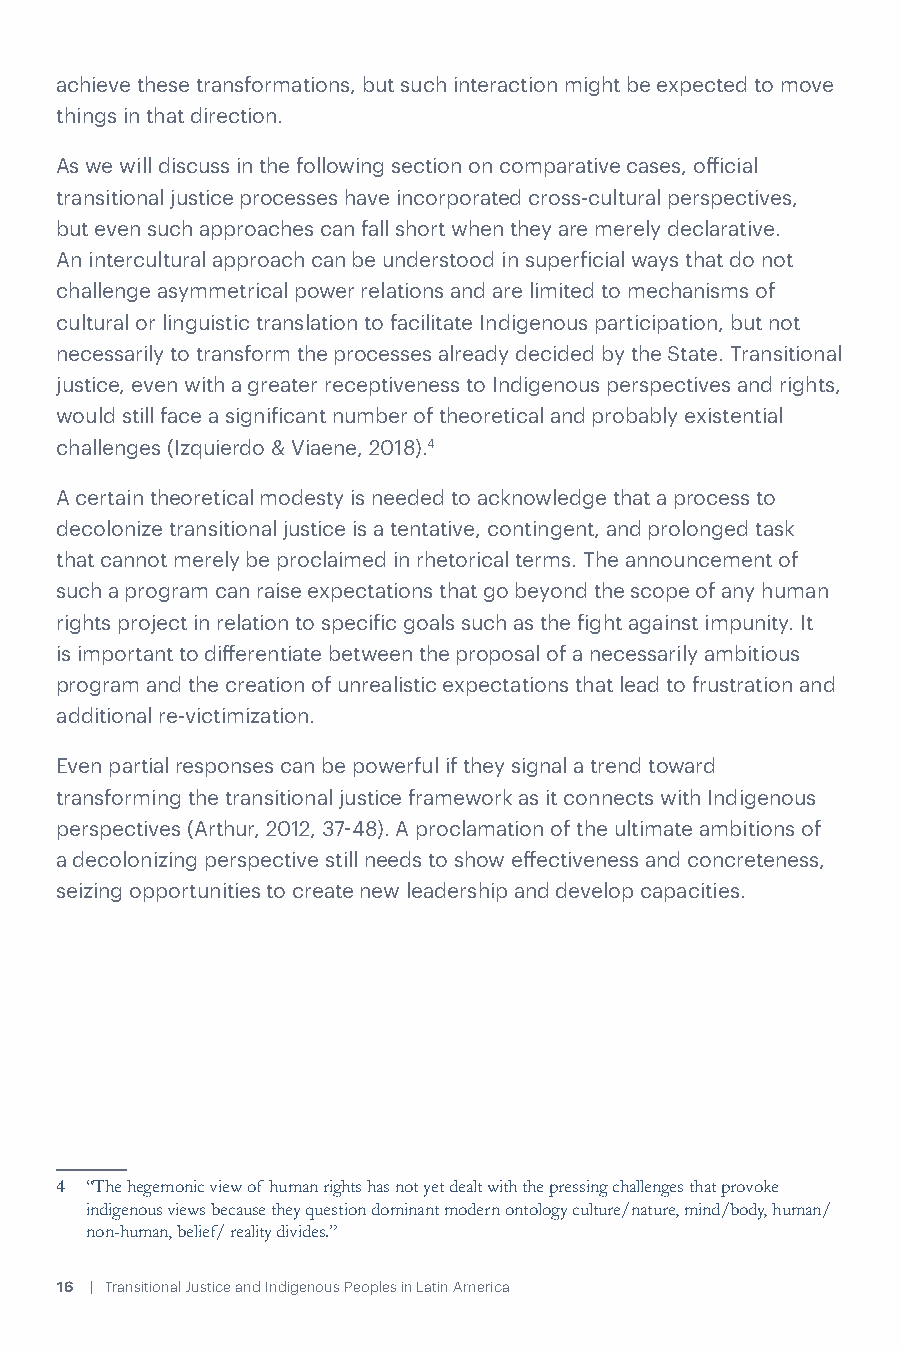
achieve these transformations, but such interaction might be expected to move
 things in that direction.
 As we will discuss in the following section on comparative cases, official
 transitional justice processes have incorporated cross-cultural perspectives,
 but even such approaches can fall short when they are merely declarative. 2. TRANSITIONAL
 An intercultural approach can be understood in superficial ways that do not
 challenge asymmetrical power relations and are limited to mechanisms of
 JUSTICE            AND
 cultural or linguistic translation to facilitate Indigenous participation, but not
 necessarily to transform the processes already decided by the State. Transitional
 justice, even with a greater receptiveness to Indigenous perspectives and rights,
 INDIGENOUS                    PEOPLES
 would still face a significant number of theoretical and probably existential
 challenges (Izquierdo & Viaene, 2018).4
 IN    GUATEMALA,                      PERU,
 A certain theoretical modesty is needed to acknowledge that a process to
 decolonize transitional justice is a tentative, contingent, and prolonged task
 that cannot merely be proclaimed in rhetorical terms. The announcement of AND COLOMBIA
 such a program can raise expectations that go beyond the scope of any human
 rights project in relation to specific goals such as the fight against impunity. It
 is important to differentiate between the proposal of a necessarily ambitious
 program and the creation of unrealistic expectations that lead to frustration and
 Transitional justice in Guatemala, Peru, and Colombia is
 additional re-victimization.
 couched in very different contexts and, therefore, different
 Even partial responses can be powerful if they signal a trend toward
 parameters. The history of the Indigenous peoples in the
 transforming the transitional justice framework as it connects with Indigenous
 three countries is different, as is the local understanding
 perspectives (Arthur, 2012, 37-48). A proclamation of the ultimate ambitions of
 a decolonizing perspective still needs to show effectiveness and concreteness, of Indigenousness. However, the three transitional justice
 seizing opportunities to create new leadership and develop capacities. processes are comparable for three reasons:
 i. they responded to protracted armed conflicts that had
 a disproportionate impact on Indigenous peoples;
 ii. they included experiences of negotiation and increasing ownership
 of the instruments of transitional justice by Indigenous peoples; and
 4 “The hegemonic view of human rights has not yet dealt with the pressing challenges that provoke
 indigenous views because they question dominant modern ontology culture/nature, mind/body, human/
 non-human, belief/ reality divides.”
 16 | Transitional Justice and Indigenous Peoples in Latin America         Transitional justice and Indigenous peoples in Guatemala, Peru, and Colombia | 17